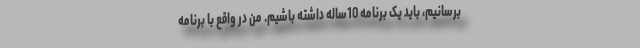
برسانیم، باید یک برنامه 10ساله داشته باشیم. من در واقع با برنامه